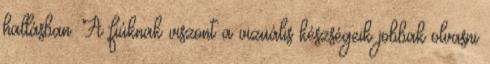
hallásban. A fiúknak viszont a vizuális készségeik jobbak olvasni